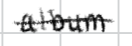
Text: album
Cross-out: single-line
Writing tool: digital_black